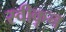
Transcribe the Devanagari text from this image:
स्वीकृन